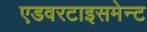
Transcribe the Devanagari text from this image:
एडवरटाइसमेन्ट